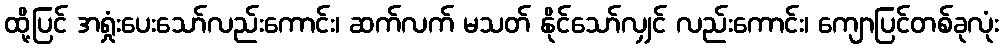
ထို့ပြင် အရှုံးပေးသော်လည်းကောင်း၊ ဆက်လက် မသတ် နိုင်သော်လျှင် လည်းကောင်း၊ ကျောပြင်တစ်ခုလုံး